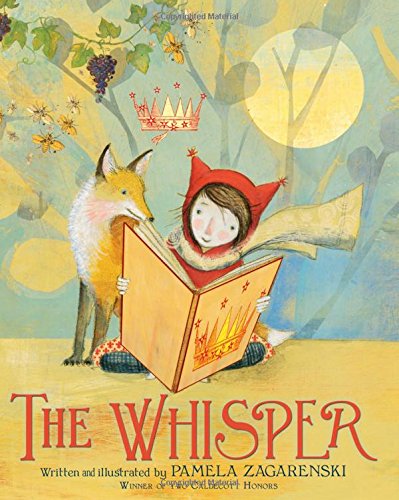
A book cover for The Whisper; Pamela Zagarenski; Children's Books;